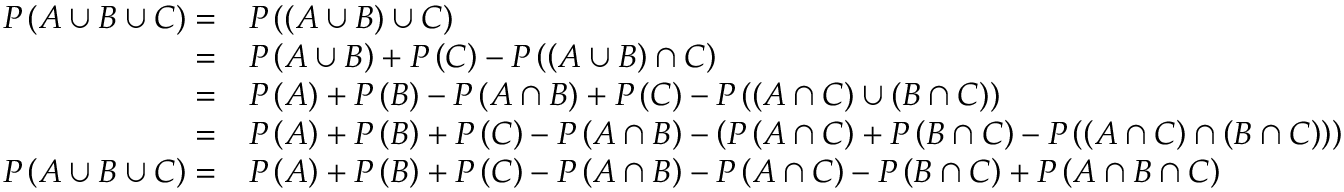
{ \begin{array} { r l } { P \left( A \cup B \cup C \right) = } & { P \left( \left( A \cup B \right) \cup C \right) } \\ { = } & { P \left( A \cup B \right) + P \left( C \right) - P \left( \left( A \cup B \right) \cap C \right) } \\ { = } & { P \left( A \right) + P \left( B \right) - P \left( A \cap B \right) + P \left( C \right) - P \left( \left( A \cap C \right) \cup \left( B \cap C \right) \right) } \\ { = } & { P \left( A \right) + P \left( B \right) + P \left( C \right) - P \left( A \cap B \right) - \left( P \left( A \cap C \right) + P \left( B \cap C \right) - P \left( \left( A \cap C \right) \cap \left( B \cap C \right) \right) \right) } \\ { P \left( A \cup B \cup C \right) = } & { P \left( A \right) + P \left( B \right) + P \left( C \right) - P \left( A \cap B \right) - P \left( A \cap C \right) - P \left( B \cap C \right) + P \left( A \cap B \cap C \right) } \end{array} }